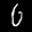
Label: 6